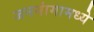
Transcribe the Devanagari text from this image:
जननांगामध्ये